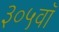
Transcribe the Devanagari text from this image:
३०५वॉ